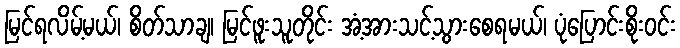
မြင်ရလိမ့်မယ်၊ စိတ်သာချ၊ မြင်ဖူးသူတိုင်း အံ့အားသင့်သွားစေရမယ်၊ ပုံပြောင်းစိုးဝင်း